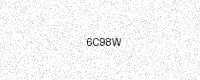
Text: 6C98W